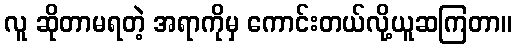
လူ ဆိုတာမရတဲ့ အရာကိုမှ ကောင်းတယ်လို့ယူဆကြတာ။